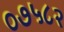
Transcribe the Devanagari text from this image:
०७५८२